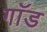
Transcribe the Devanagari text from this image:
गाॅड